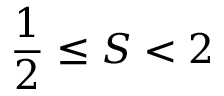
{ \frac { 1 } { 2 } } \leq S < 2